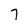
Character: 7